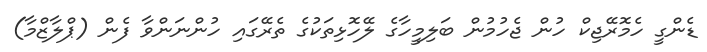
ޑެންގީ ހެމޮރޭޖިކް ހުން ޖެހުމުން ބަލިމީހާގެ ލޭހޮޅިތަކުގެ ތެރޭގައި ހުންނަންވާ ފެން (ޕްލާޒްމާ)